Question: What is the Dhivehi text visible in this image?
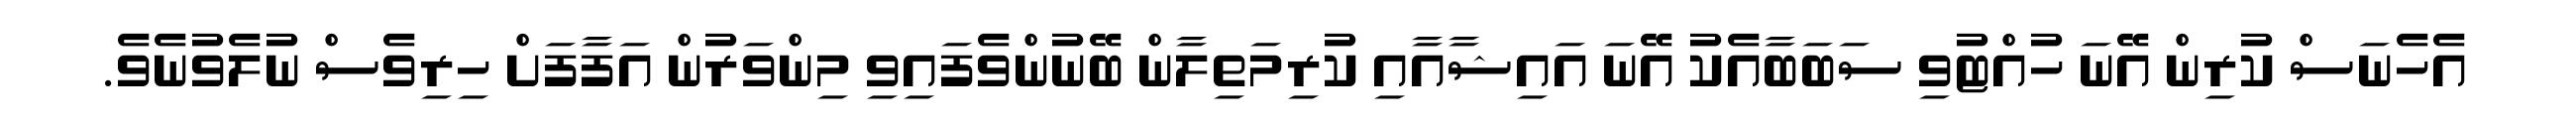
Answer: އެހެނަސް ކުރިން އޭނަ ހުއްޓުވި ސަބަބާއެކު އޭނަ އައިޝާއާއި ކުރިމަތިލާން ބޭނުންވެފައިވި މިންވަރުން އަފާފަށް ހިރިވެސް ނުލެވުނެވެ.